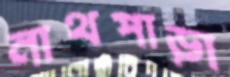
নাথপাড়া